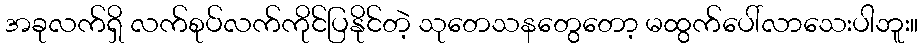
အခုလက်ရှိ လက်စုပ်လက်ကိုင်ပြနိုင်တဲ့ သုတေသနတွေတော့ မထွက်ပေါ်လာသေးပါဘူး။